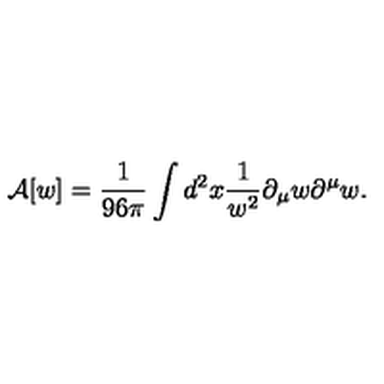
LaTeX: { \cal A } [ w ] = { \frac { 1 } { 9 6 \pi } } \int d ^ { 2 } x { \frac { 1 } { w ^ { 2 } } } \partial _ { \mu } w \partial ^ { \mu } w .